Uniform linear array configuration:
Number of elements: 32
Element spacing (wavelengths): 0.25
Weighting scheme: hamming
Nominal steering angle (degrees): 0
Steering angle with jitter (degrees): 0.1899
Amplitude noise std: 0.05
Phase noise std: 0.05

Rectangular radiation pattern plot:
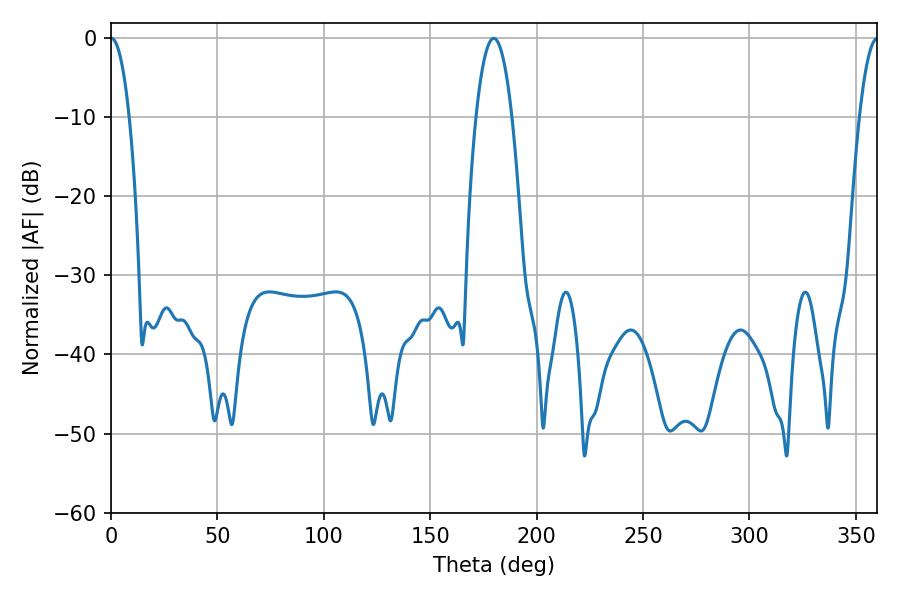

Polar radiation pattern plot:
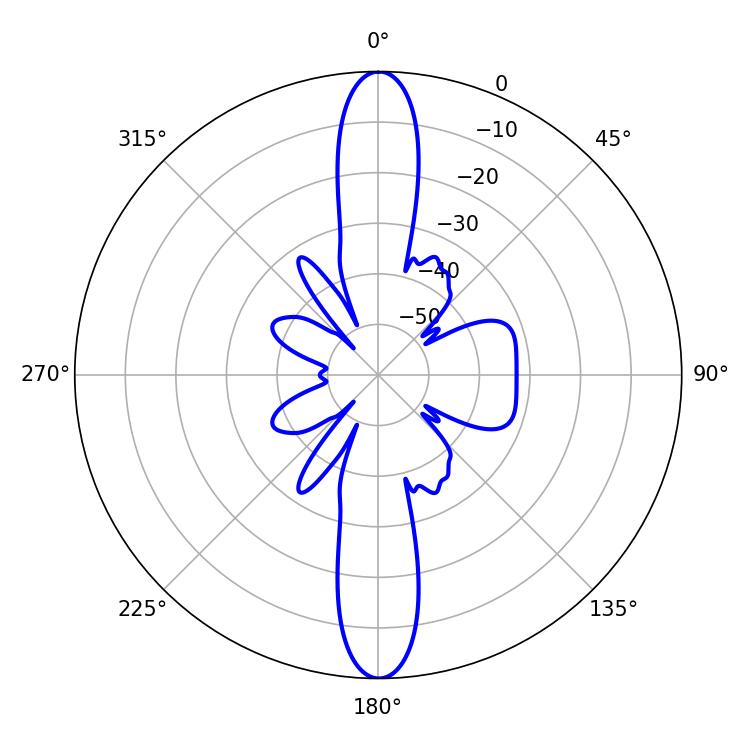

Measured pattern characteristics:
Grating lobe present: FALSE
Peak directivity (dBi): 33.037
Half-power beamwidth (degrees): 4.86
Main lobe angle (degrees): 0.18